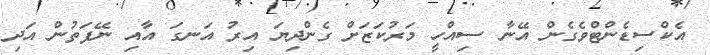
އެކްސިޑެންޓްވެގެން އޭނާ ސިއްހީ މަރުކަޒަށް ގެންދިޔަ އިރު އަނގަ އާއި ނޭފަތުން އަދި